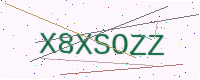
Text: X8XSOZZ